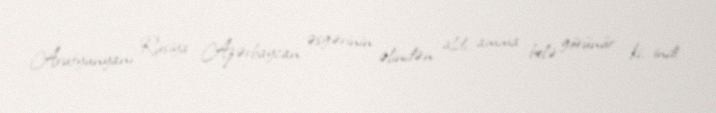
Arutyunyanı Rusiya Azərbaycan əsgərinin əlindən aldı, amma belə görünür ki, indi